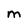
Character: m